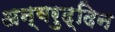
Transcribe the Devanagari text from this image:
अन्वरुद्दिन